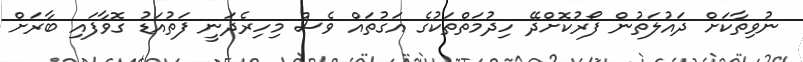
ނުވިތާކަށް ދައުލަތުން ފޯރުކޮށްދޭ ހިދުމަތްތަކުގެ އަގުތައް ވެސް މިހިރެދަނީ ފަތުއަޑު ގޮވާފައި ބާރަށް